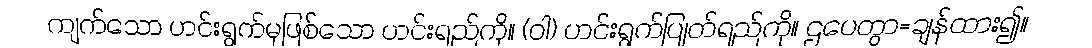
ကျက်သော ဟင်းရွက်မှဖြစ်သော ဟင်းရည်ကို။ (ဝါ) ဟင်းရွက်ပြုတ်ရည်ကို။ ဌပေတွာ=ချန်ထား၍။